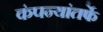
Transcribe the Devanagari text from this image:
कंपन्यांतर्फे